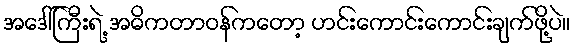
အဒေါ်ကြီးရဲ့ အဓိကတာဝန်ကတော့ ဟင်းကောင်းကောင်းချက်ဖို့ပဲ။